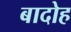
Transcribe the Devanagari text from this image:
बादोह